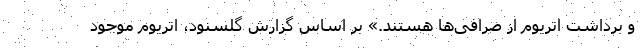
و برداشت اتریوم از صرافی‌ها هستند.» بر اساس گزارش گلسنود، اتریوم موجود